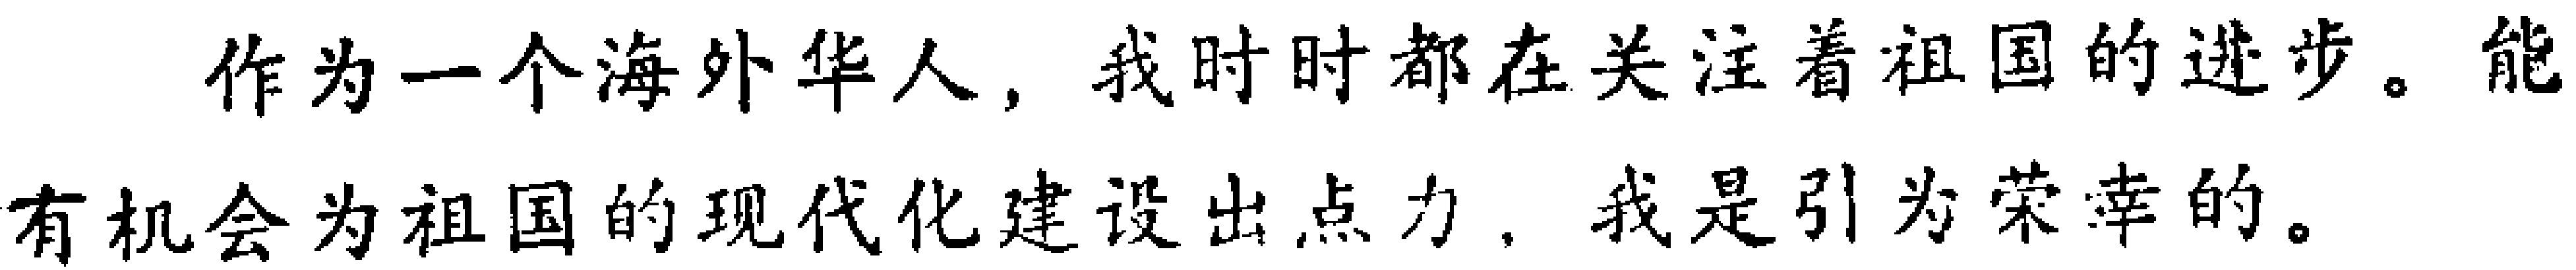
作为一个海外华人，我时时都在关注着祖国的进步。能有机会为祖国的现代化建设出点力，我是引为荣幸的。